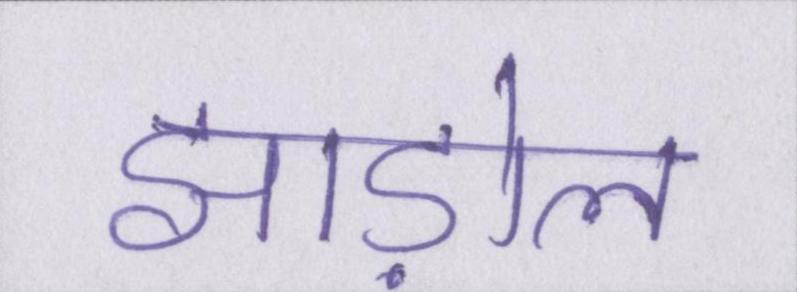
झाड़ोल